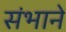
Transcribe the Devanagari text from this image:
संभाने